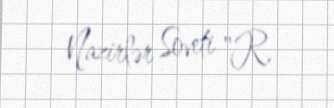
Nazirlər Soveti "R.